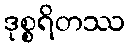
ဒုစ္စရိတဿ